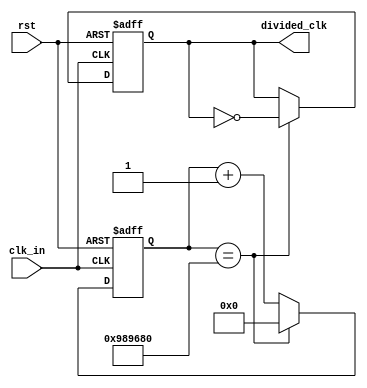
`timescale 1ns / 1ps
//////////////////////////////////////////////////////////////////////////////////

// Module Name:    clk_divider 

// Dependencies: Generates a clock with period X ms, from 40 MHz input clock, T=2.5E-5 ms
//						A counter counts till toggle_value = 'b111111111111111111111

// You have to decide what should be the value of toggle_value to be able make the slow down
// the clock to 1 Hz. X ms will be depend on your toggle_value choice.
//////////////////////////////////////////////////////////////////////////////////
module clk_divider(
	input clk_in,
	input rst,
	output reg divided_clk
    );
	 
	 
parameter toggle_value = 26'd10000000;

	 
reg[26:0] cnt;

always@(posedge clk_in or posedge rst)
begin
	if (rst==1) begin
		cnt <= 0;
		divided_clk <= 0;
	end
	else begin
		if (cnt==toggle_value) begin
			cnt <= 0;
			divided_clk <= ~divided_clk;
		end
		else begin
			cnt <= cnt +1;
			divided_clk <= divided_clk;		
		end
	end

end

endmodule